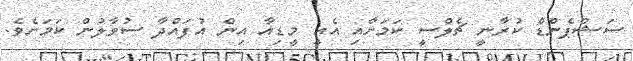
ސަޝްޕެންޑް ކުރާނީ ޗެލްސީ ކަމަށާއި އެއީ މީޑިއާ އިން އުފައްދާ ސުވާލުން ކަމަށެވެ.